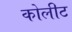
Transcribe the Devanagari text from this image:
कोलीट